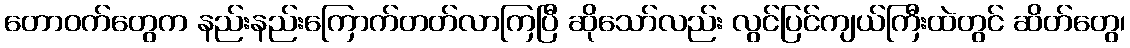
တောဝက်တွေက နည်းနည်းကြောက်တတ်လာကြပြီ ဆိုသော်လည်း လွင်ပြင်ကျယ်ကြီးထဲတွင် ဆိတ်တွေ၊